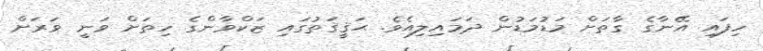
ހިފައި އޭނާގެ ގާތަށް މަޑުމަޑުން ދަމައިލިއެވެ. ޙަޤީޤަތުގައި ޒަކްވާންގެ ހިތަށް ވަނީ ވަރަށް